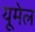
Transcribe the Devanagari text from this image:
यूमेल